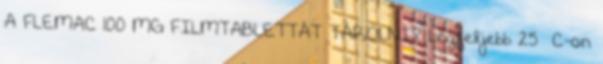
A FLEMAC 100 MG FILMTABLETTÁT TÁROLNI? Legfeljebb 25 °C-on